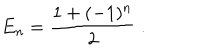
E _ { n } = \frac { 1 + ( - 1 ) ^ { n } } { 2 } ~ .